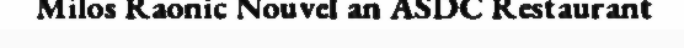
Milos Raonic Nouvel an ASDC Restaurant